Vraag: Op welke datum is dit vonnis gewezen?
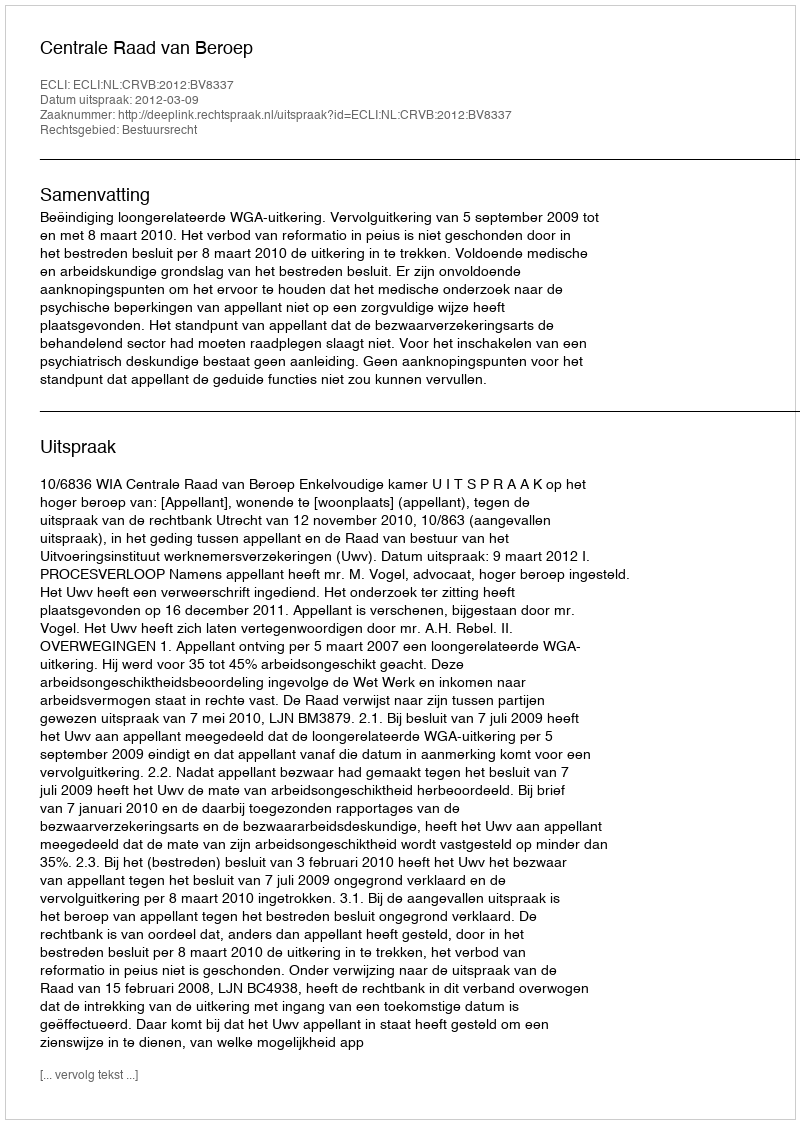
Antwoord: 2012-03-09